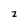
Character: z